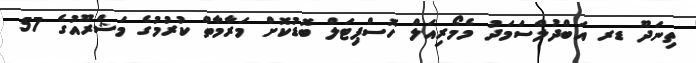
ތިނަދޫ ޑރ އަބްދުލްސަމަދު މެމޯރިއަލް ހޮސްޕިޓަލް ބޮޑުކޮށް މަރާމާތް ކުރުމުގެ މަޝްރޫއުގެ 57